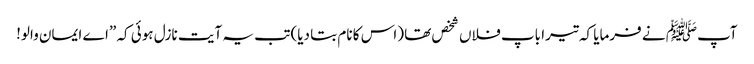
آپﷺ نے فرمایا کہ تیرا باپ فلاں شخص تھا (اس کا نام بتا دیا) تب یہ آیت نازل ہوئی کہ ”اے ایمان والو!